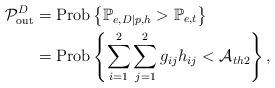
LaTeX: \begin{align*}\mathcal{P}_{\rm out}^D &= {\rm Prob}\left\{ \mathbb{P}_{e,D|p,h}>\mathbb{P}_{e,t} \right\} \\&= {\rm Prob}\left\{ \sum_{i=1}^2\sum_{j=1}^2 g_{ij}h_{ij} < \mathcal{A}_{th2} \right\} ,\end{align*}